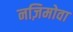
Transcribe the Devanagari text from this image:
नज़िमोवा